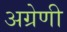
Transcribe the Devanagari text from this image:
अग्रेणी